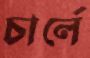
চার্লে